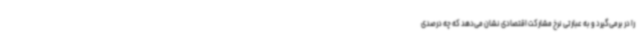
را در برمی‌گیرد و به عبارتی نرخ مشارکت اقتصادی نشان می‌دهد که چه درصدی